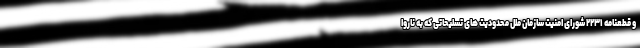
و قطعنامه ۲۲۳۱ شورای امنیت سازمان ملل محدودیت های تسلیحاتی که به ناروا